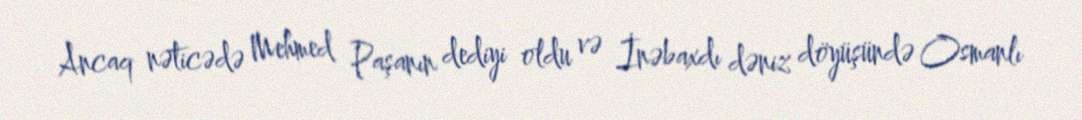
Ancaq nəticədə Mehmed Paşanın dediyi oldu və İnəbaxdı dəniz döyüşündə Osmanlı